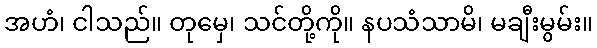
အဟံ၊ ငါသည်။ တုမှေ၊ သင်တို့ကို။ နပသံသာမိ၊ မချီးမွမ်း။